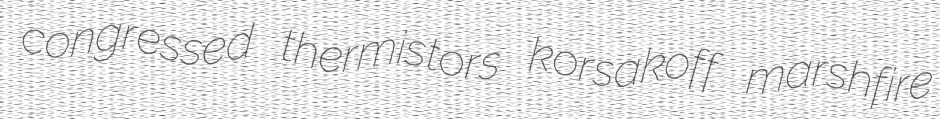
congressed thermistors korsakoff marshfire